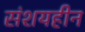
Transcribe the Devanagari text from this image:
संशयहीन